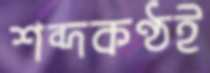
শব্দকণ্ঠই